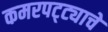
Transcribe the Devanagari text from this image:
कमरपट्ट्याचे